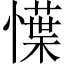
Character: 𢢲